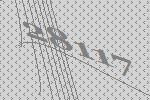
28117